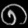
Digit: ၈